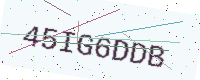
Text: 45IG6DDB